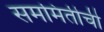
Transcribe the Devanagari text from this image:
सममितीची